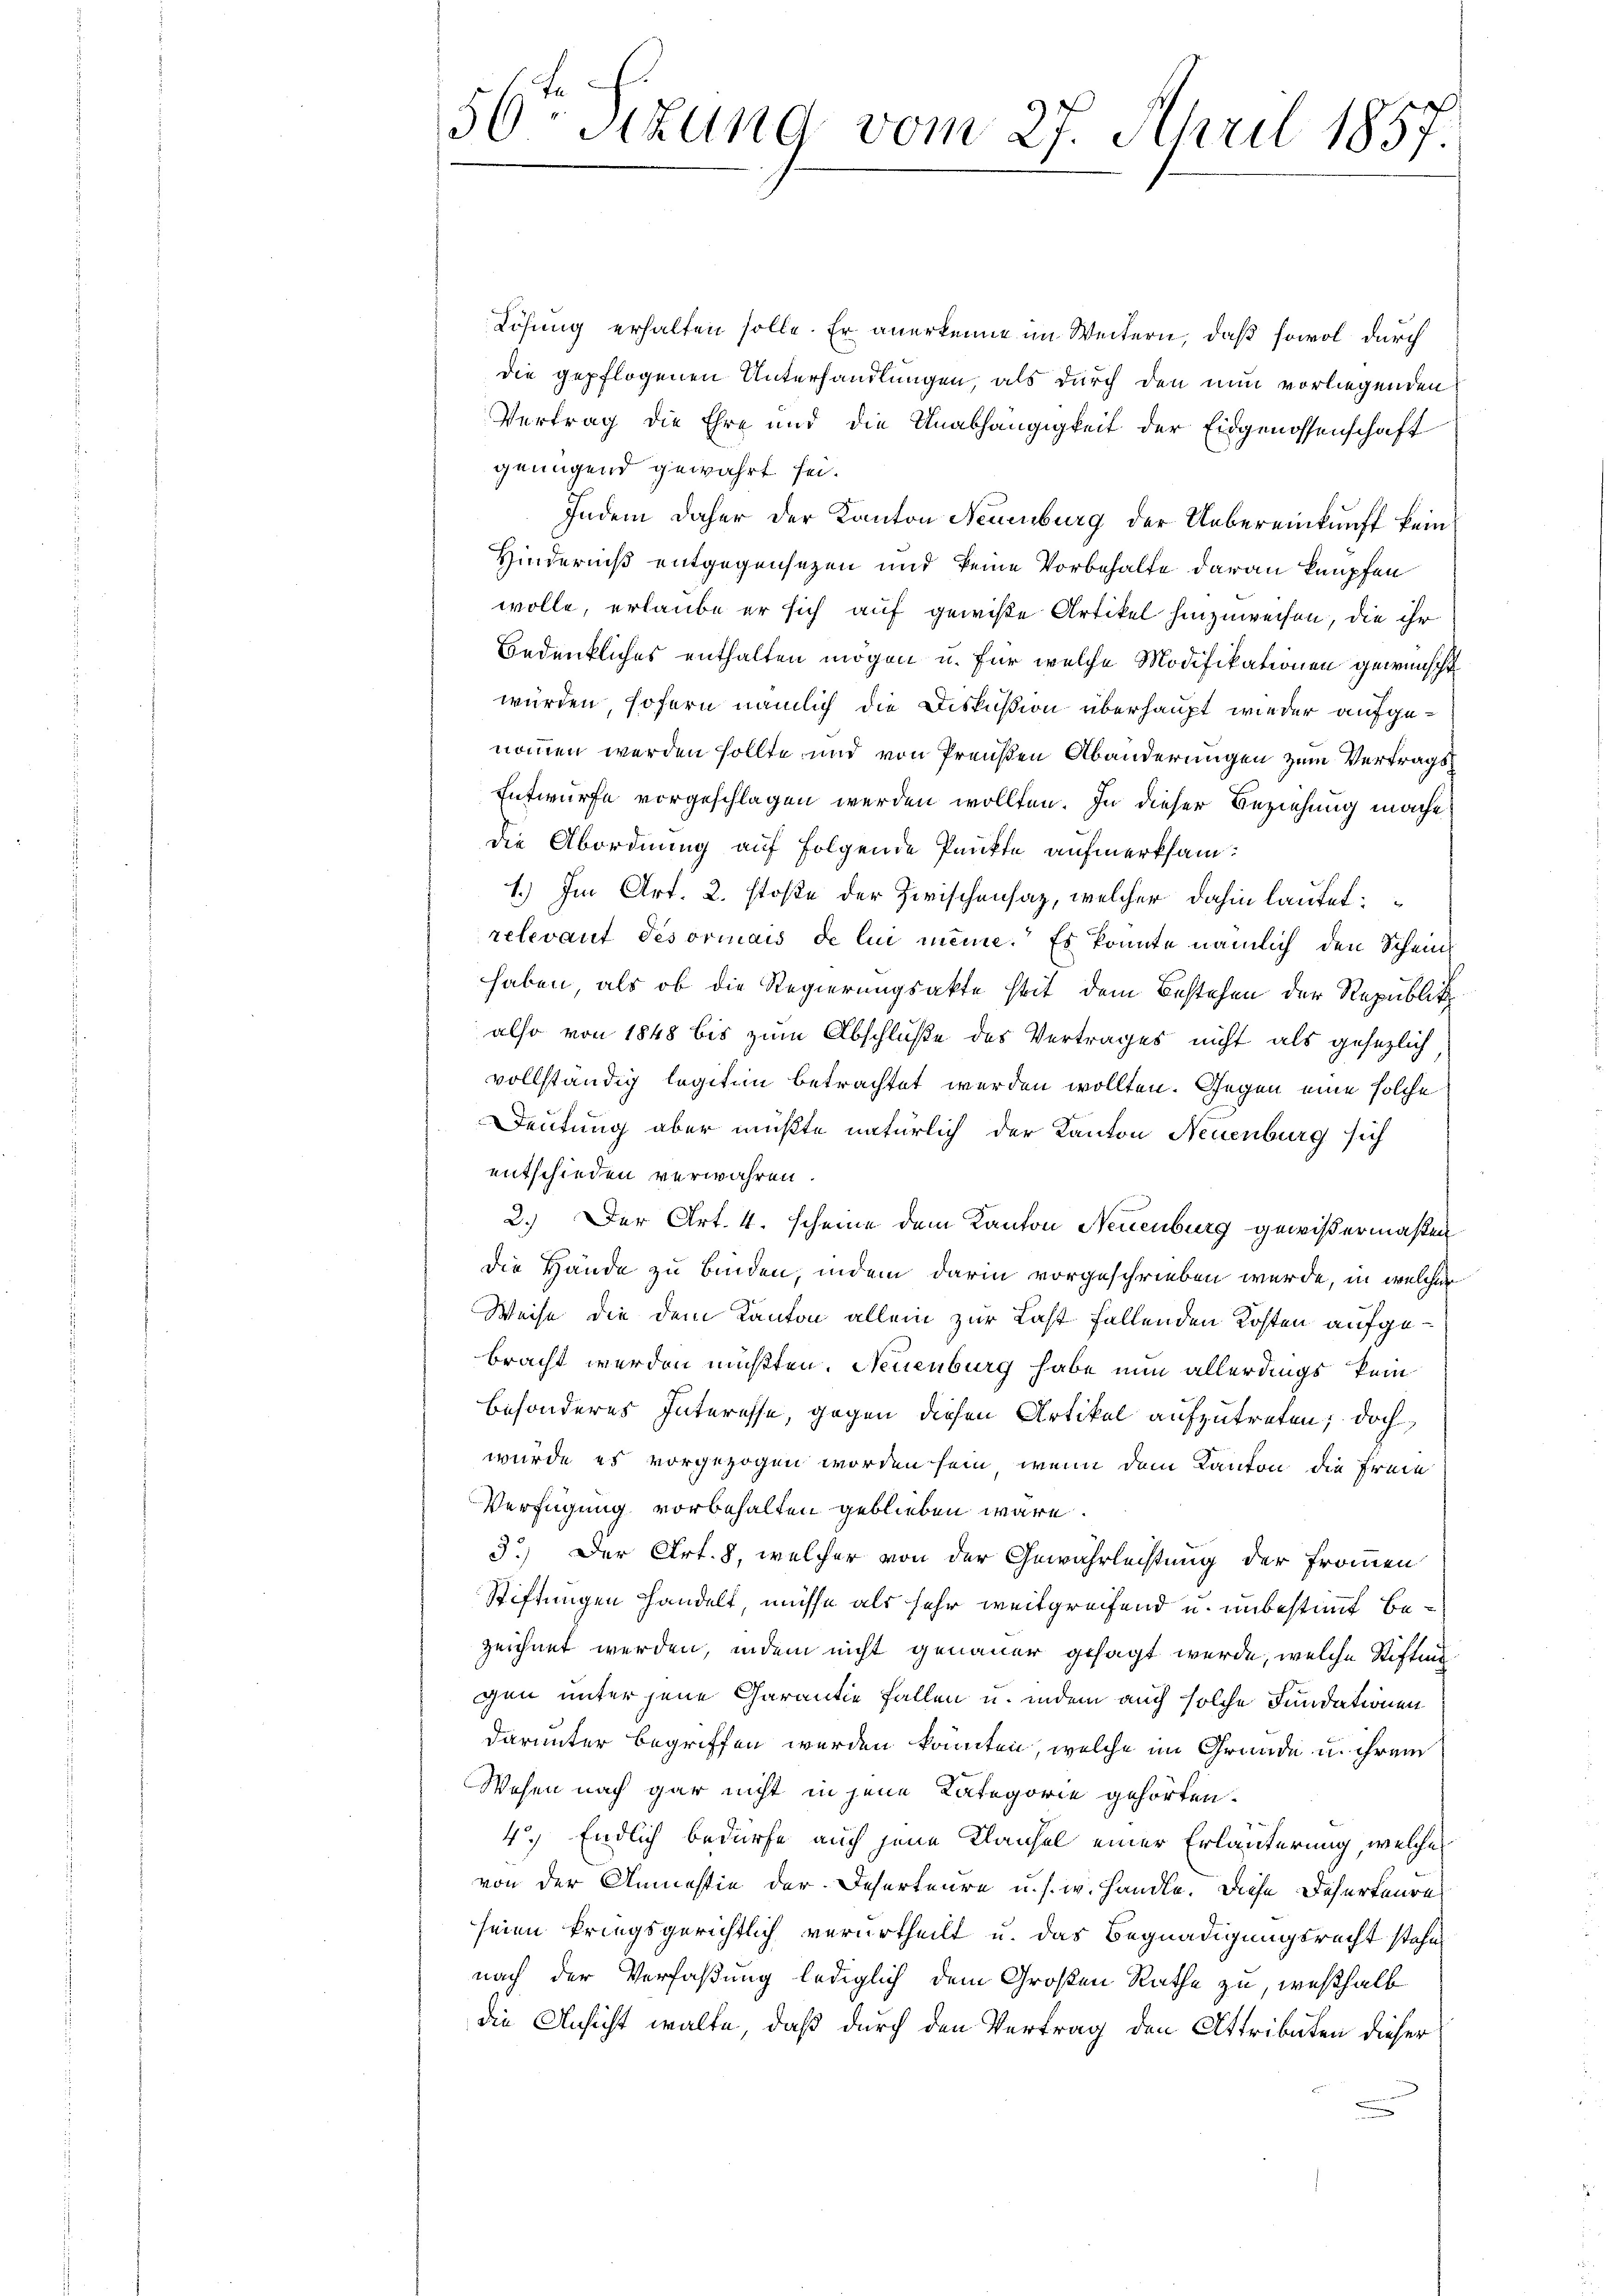
50-sizung vom 27. April 1857.

Lösung erhalten solle. Er anerkenne im Weitern, daß sowol durch
die gepflogenen Unterhandlungen, als durch den nun vorliegenden
Vertrag die Ehre und die Unabhängigkeit der Eidgenossenschaft
genügend gewährt sei.
Indem daher der Kanton Neuenburg der Uebereinkunft kein
Hinderniß entgegensezen und keine Vorbehalte daran knüpfen
wolle, erlaube er sich auf gewiße Artikel hinzuweisen, die ihr
Bedenkliches enthalten mögen u. für welche Modifikationen gewünscht
würden, sofern nämlich die Diskußion überhaupt wieder aufgenommen werden sollte und von Preußen Abänderungen zum Vertrags¬
Entwurfe vorgeschlagen werden wollten. In dieser Beziehung mache
die Abordnung auf folgende Punkte aufmerksam¬
1.) Im Art. 2. stoße der Zirischensaz, welcher dahin lautet:
relevant désorinais de lui meine. Es konnte nämlich den Schein
haben, als ob die Regierungsakte seit dem Bestehen der Republik
also von 1848 bis zum Abschluße des Vertrages nicht als gesezlich
vollständig legitim betrachtet werden wollten. Gegen eine solche
Deutung aber mußte natürlich der Kanton Neuenburg sich
entschieden verwahren.
2.) Der Art. 4. scheine dem Kanton Neuenburg gewißermaßen
die Hände zu binden, indem darin vorgeschrieben werde, in welcher
Weise die dem Kanton allein zur Last fallenden Kosten aufgebracht werden mußten. Neuenburg habe nun allerdings kein
besonderes Interesse, gegen diesen Artikel aufzutreten; doch
wurde es vorgezogen worden sein, wenn dem Kanton die Freie
Verfügung vorbehalten geblieben wäre.
3.) Der Art. 8, welcher von der Gewährleistung der Frommen
Stiftungen handelt müsse als sehr weitgreifend u. unbestimmt bezeichnet werden, indem nicht genauer gesagt werde, welche Stiftung
gen unter jene Charantie Fallen u. indem auch solche Fundationen
darunter begriffen werden könnten, welche im Grunde u. ihrem
Wesen nach gar nicht in jene Kategorie gehörten.
4.) Endlich bedürfe auch jene Klaichel einer Erläuterung, welche
von der Anmastie der Deserteure u. s. w. handle. Diese Deserteure
seien kriegsgerichtlich verurtheilt u. das Begnadigungsrecht stehe,
nach der Verfaßung lediglich dem Großen Rathe zu, weßhalb
die Ansicht walte, daß durch den Vertrag den Attributen dieser